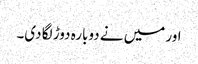
اور میں نے دوبارہ دوڑ لگا دی۔